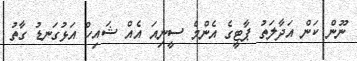
ނޫން ކަން އަދާލަތު ޕާޓީގެ އެންމެ ސީނިއަ އެއް ޝައިހް އަޅުގަނޑު ގާތު